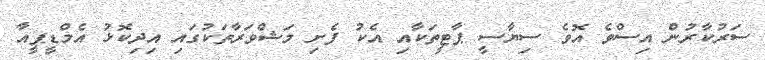
ސަރުކާރުން އިސްވެ އޮވެ ސިޔާސީ ޕާޓީތަކާއި އެކު ފެށި މަޝްވަރާތަކުގައި އިދިކޮޅު އެމްޑީޕީއާ